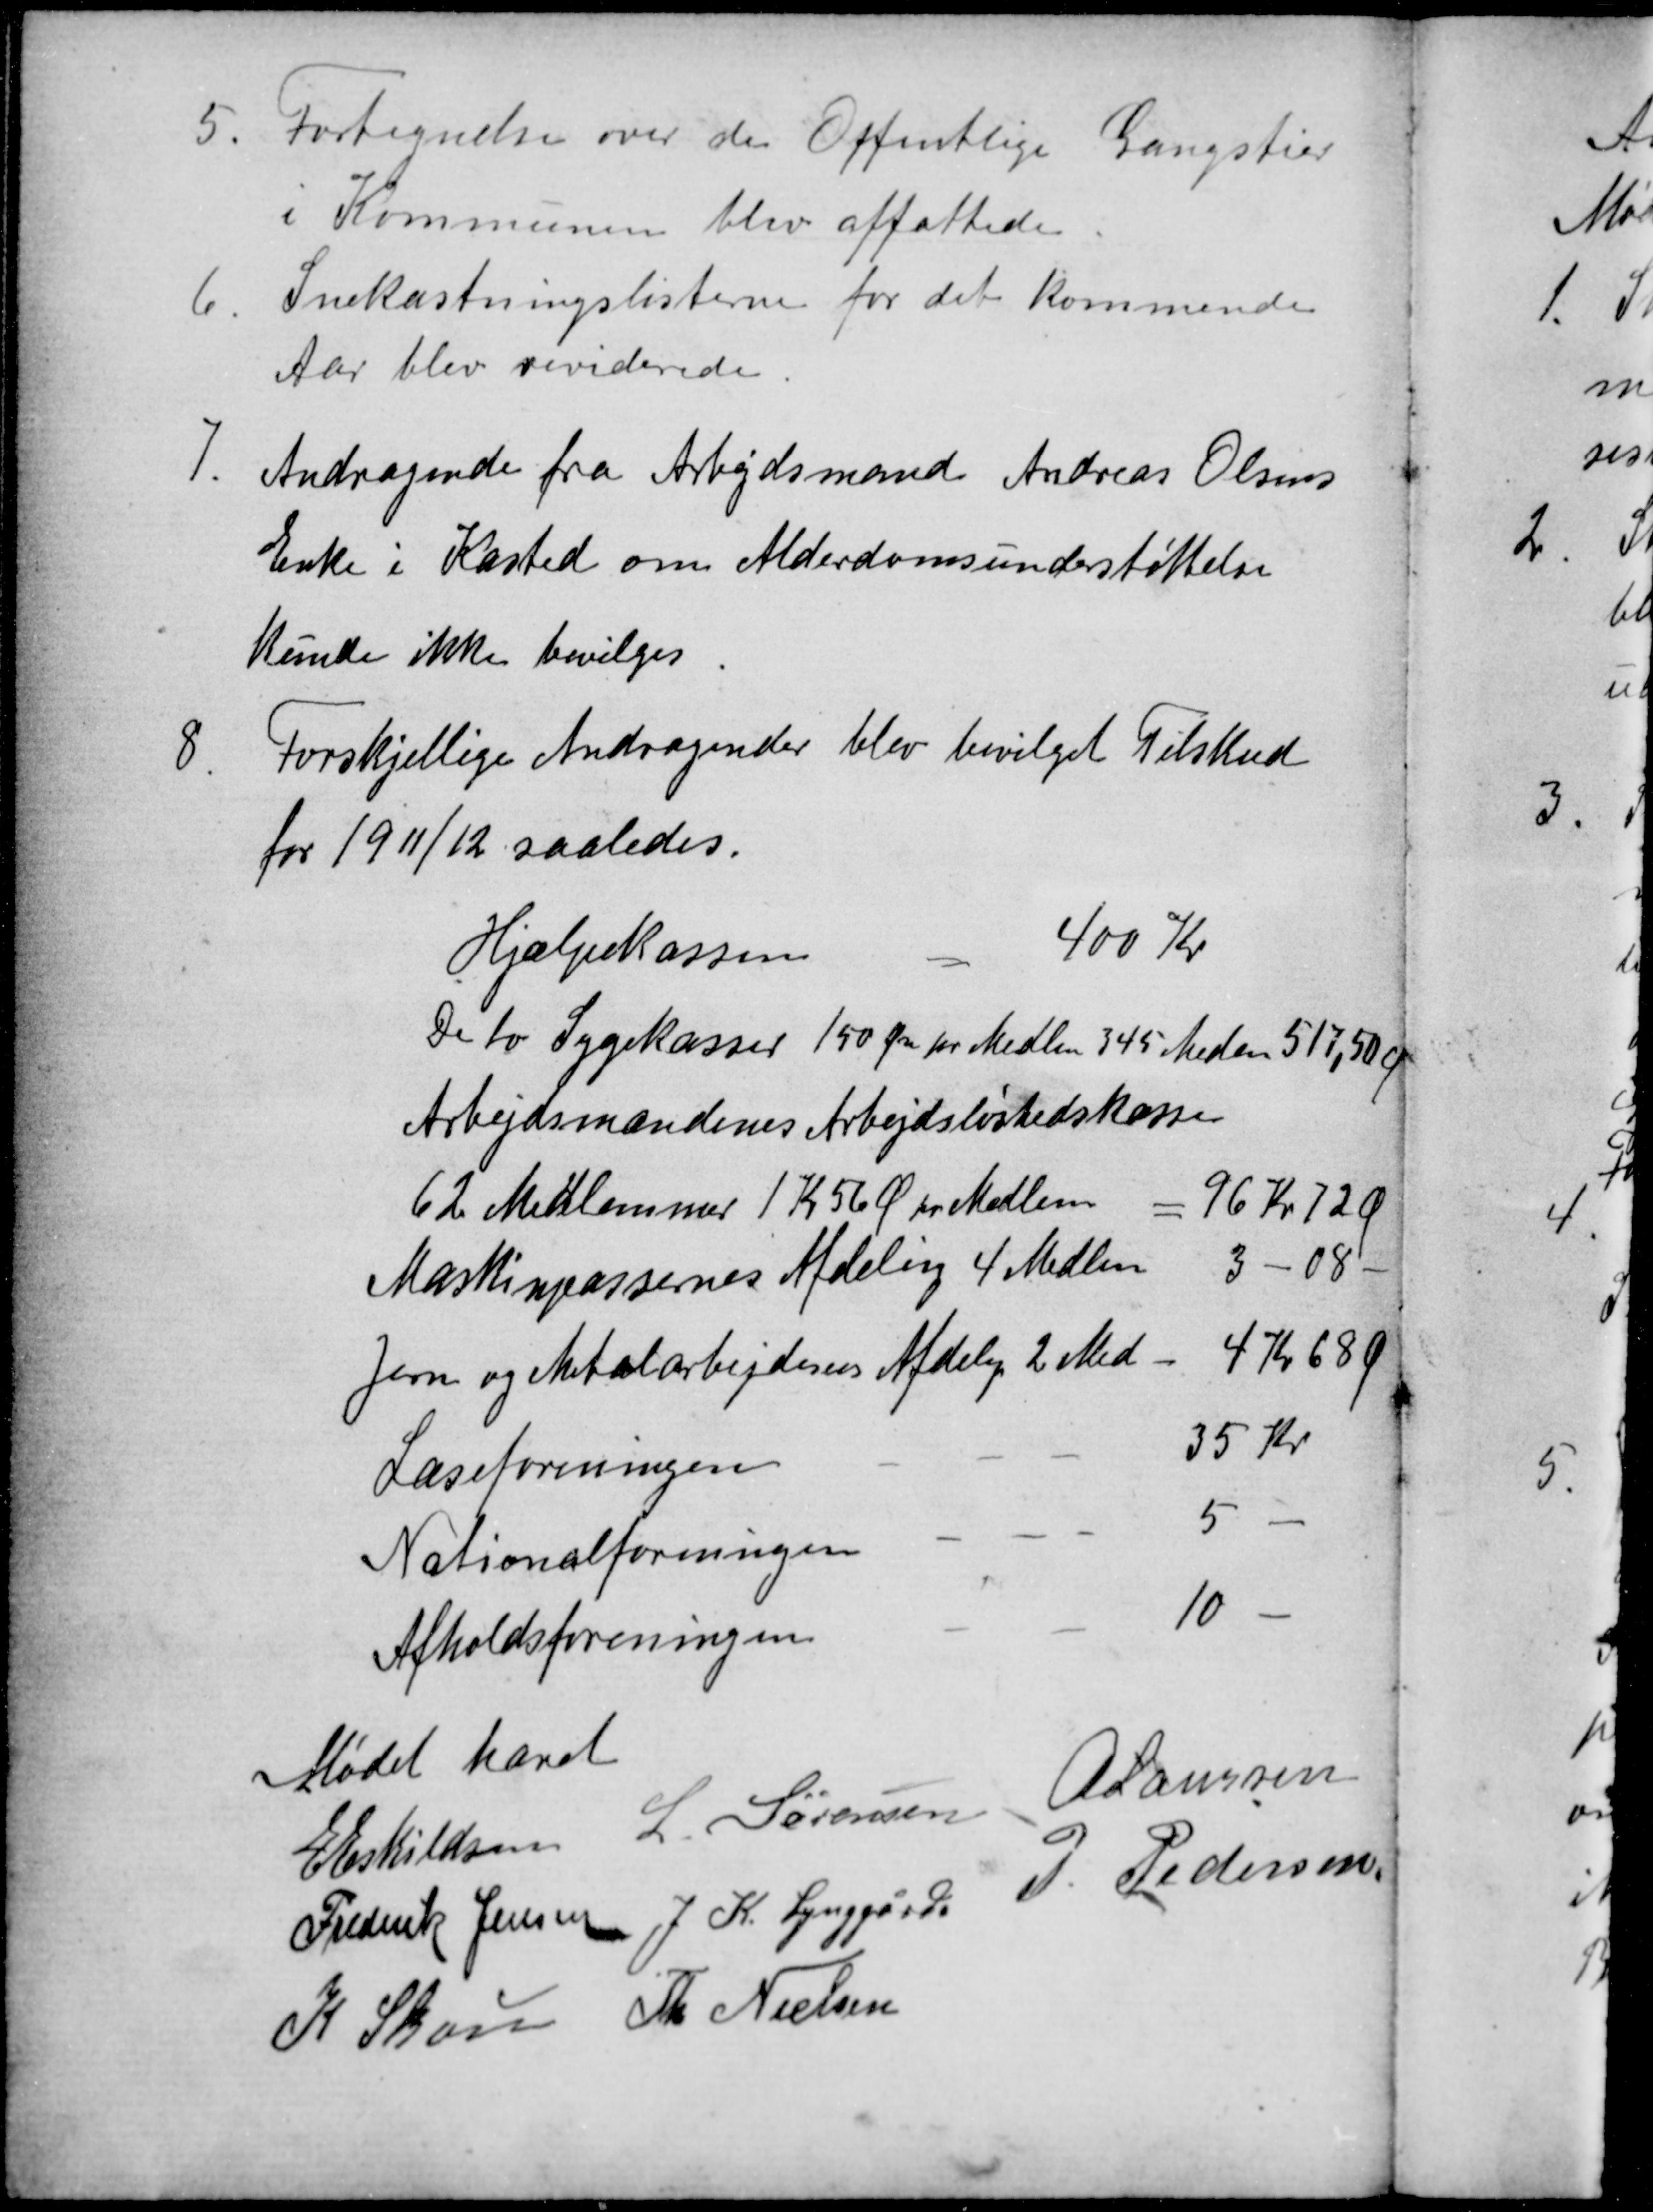
Transskription:
5
Fortegnelse over de Offentlige Gangstier
i Kommunen blev affattede
6
Snekastningslisterne for det kommende
Aar blev reviderede
7.
Andragende fra Arbejdsmand Andreas Olsens
Enke i Kasted om Alderdomsunderstøttelse
kunde ikke bevilges
8.
Forskjellige Andragender blev bevilget Tilskud
for 1911/12 saaledes.
Hjælpekassen
400 Kr
De to Sygekasser 150 Øre pr Medlem 345 Medl. 517,50 Ø
Arbejdsmændenes Arbejdsløshedskasse
62 Medlemmer 1 Kr 56 Ø pr Medlem
= 96 Kr 72 Ø
Maskinpassernes Afdeling 4 Medlem
3-08-
Jern og Metalarbejdernes Afdeling 2 Med-
4 Kr 68 Ø
Læseforeningen
35 Kr
Nationalforeningen
5 -
Afholdsforeningen
10 -
Mødet hævet
E Eskildsen
L. Sørensen
A Laursen
Frederik Jensen J. K. Lynggård
P. Pedersen
K Skou Th Nielsen